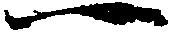
一